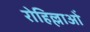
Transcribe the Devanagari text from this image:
रोहिल्लाओं